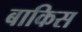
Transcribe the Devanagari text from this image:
बाकिस